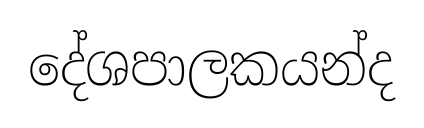
දේශපාලකයන්ද